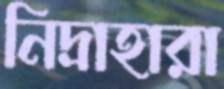
নিদ্রাহারা